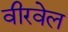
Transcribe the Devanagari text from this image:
वीरवेल